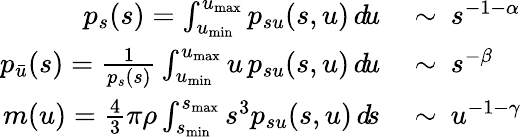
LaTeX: \begin{array}{rl}{p_{s}(s)=\int_{u_{\mathrm{min}}}^{u_{\mathrm{max}}}p_{su}(s,u)\, d\! u\: }&{\sim\: s^{-1-\alpha}}\\ {p_{\bar{u}}(s)=\frac{1}{p_{s}(s)}\int_{u_{\mathrm{min}}}^{u_{\mathrm{max}}}u\, p_{su}(s,u)\, d\! u\: }&{\sim\: s^{-\beta}}\\ {m(u)=\frac{4}{3}\pi\rho\int_{s_{\mathrm{min}}}^{s_{\mathrm{max}}}s^{3}p_{su}(s,u)\, d\! s\: }&{\sim\: u^{-1-\gamma}}\end{array}